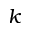
k